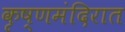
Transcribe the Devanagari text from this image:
कृष्णमंदिरात